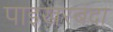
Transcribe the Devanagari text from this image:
पाइखरबंदा